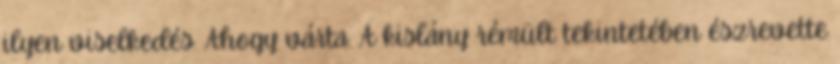
ilyen viselkedés. Ahogy várta. A kislány rémült tekintetében észrevette